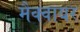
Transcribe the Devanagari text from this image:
मैक्वायर